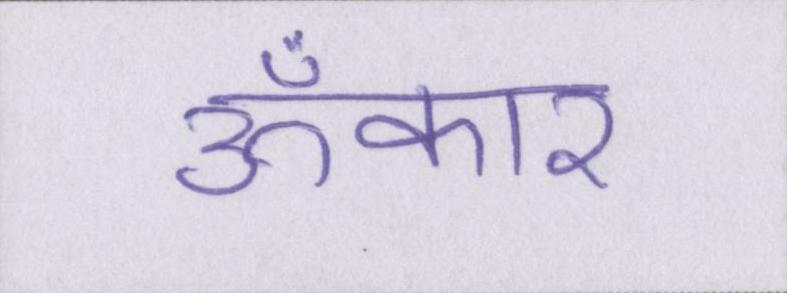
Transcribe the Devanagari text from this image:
ॐकार